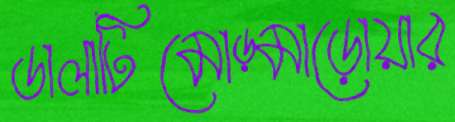
ডালাটিমোড়্‌মাড়োয়ার